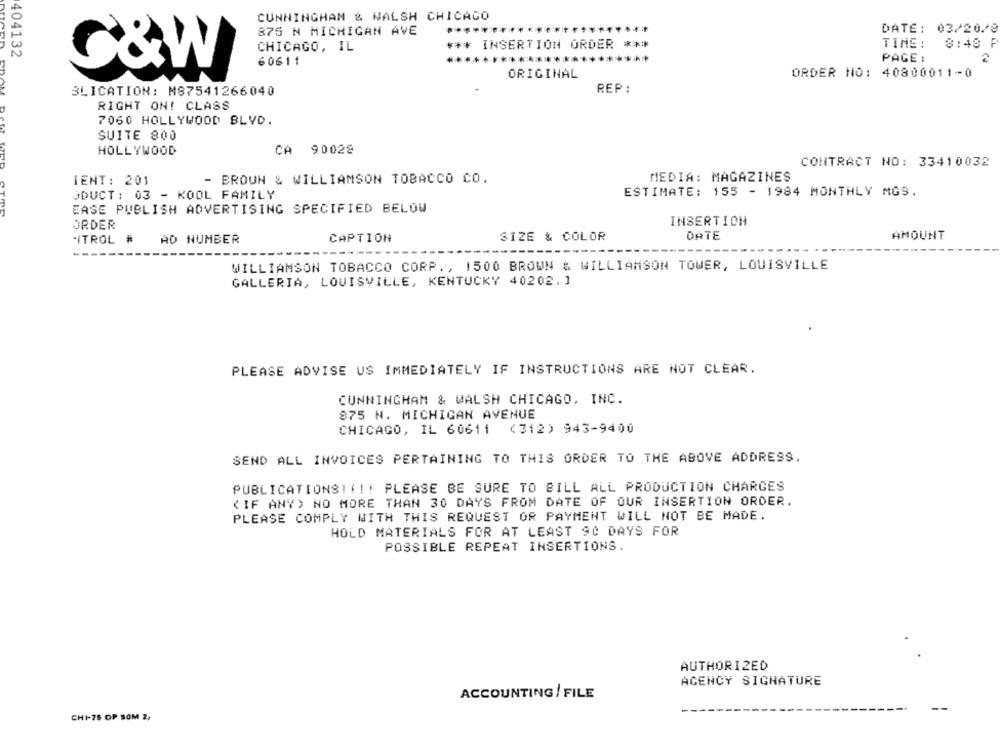
CUNNINGHAM & WALSH CHICAGO
875 N MICHIGAN AVE
DATE: 03/20/8
CHICAGO, IL
INSERTION ORDER ***
TIME :
8:48 P
404132
60611
..
***********
PAGE :
2
C&W
ORIGINAL
ORDER NO: 40800011-0
REP:
BLICATION: M87541266040
RIGHT ON! CLASS
7060 HOLLYWOOD BLVD.
SUITE 800
HOLLYWOOD
CA 90028
CONTRACT NO: 33410032
IENT: 201
- BROWN & WILLIAMSON TOBACCO CO.
MEDIA: MAGAZINES
JDUCT : 03 - KOOL FAMILY
ESTIMATE: 155 - 1984 MONTHLY MGS.
EASE PUBLISH ADVERTISING SPECIFIED BELOW
ORDER
INSERTION
"ITROL #
AD NUMBER
CAPTION
SIZE & COLOR
DATE
AMOUNT
----
---
WILLIAMSON TOBACCO CORP ., 1500 BROWN & WILLIAMSON TOWER, LOUISVILLE
GALLERIA, LOUISVILLE, KENTUCKY 40202. ]
PLEASE ADVISE US IMMEDIATELY IF INSTRUCTIONS ARE NOT CLEAR.
CUNNINGHAM & WALSH CHICAGO, INC.
875 N. MICHIGAN AVENUE
CHICAGO, IL 60611 (312) 943-9400
SEND ALL INVOICES PERTAINING TO THIS ORDER TO THE ABOVE ADDRESS.
PUBLICATIONSIII! PLEASE BE SURE TO BILL ALL PRODUCTION CHARGES
( IF ANY) NO MORE THAN 30 DAYS FROM DATE OF OUR INSERTION ORDER.
PLEASE COMPLY WITH THIS REQUEST OR PAYMENT WILL NOT BE MADE.
HOLD MATERIALS FOR AT LEAST 90 DAYS FOR
POSSIBLE REPEAT INSERTIONS.
AUTHORIZED
AGENCY SIGNATURE
ACCOUNTING / FILE
CHI-75 OP SOM 2,